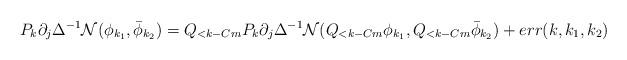
LaTeX: \begin{align*}P_k \partial_j \Delta^{-1} \mathcal N(\phi_{k_1},\bar \phi_{k_2})= Q_{<k-Cm}P_k\partial_j \Delta^{-1} \mathcal N(Q_{<k-Cm}\phi_{k_1},Q_{<k-Cm}\bar \phi_{k_2})+ err(k,k_1,k_2)\end{align*}